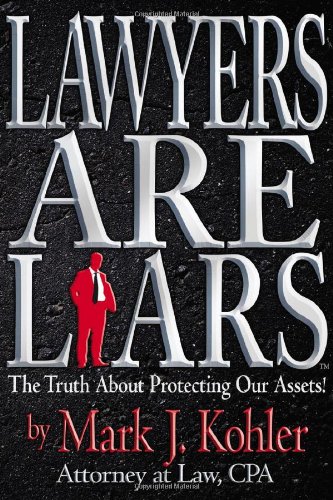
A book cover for Lawyers are Liars: The Truth About Protecting Our Assets; Mark J. Kohler; Law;